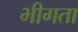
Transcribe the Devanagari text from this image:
भीगता